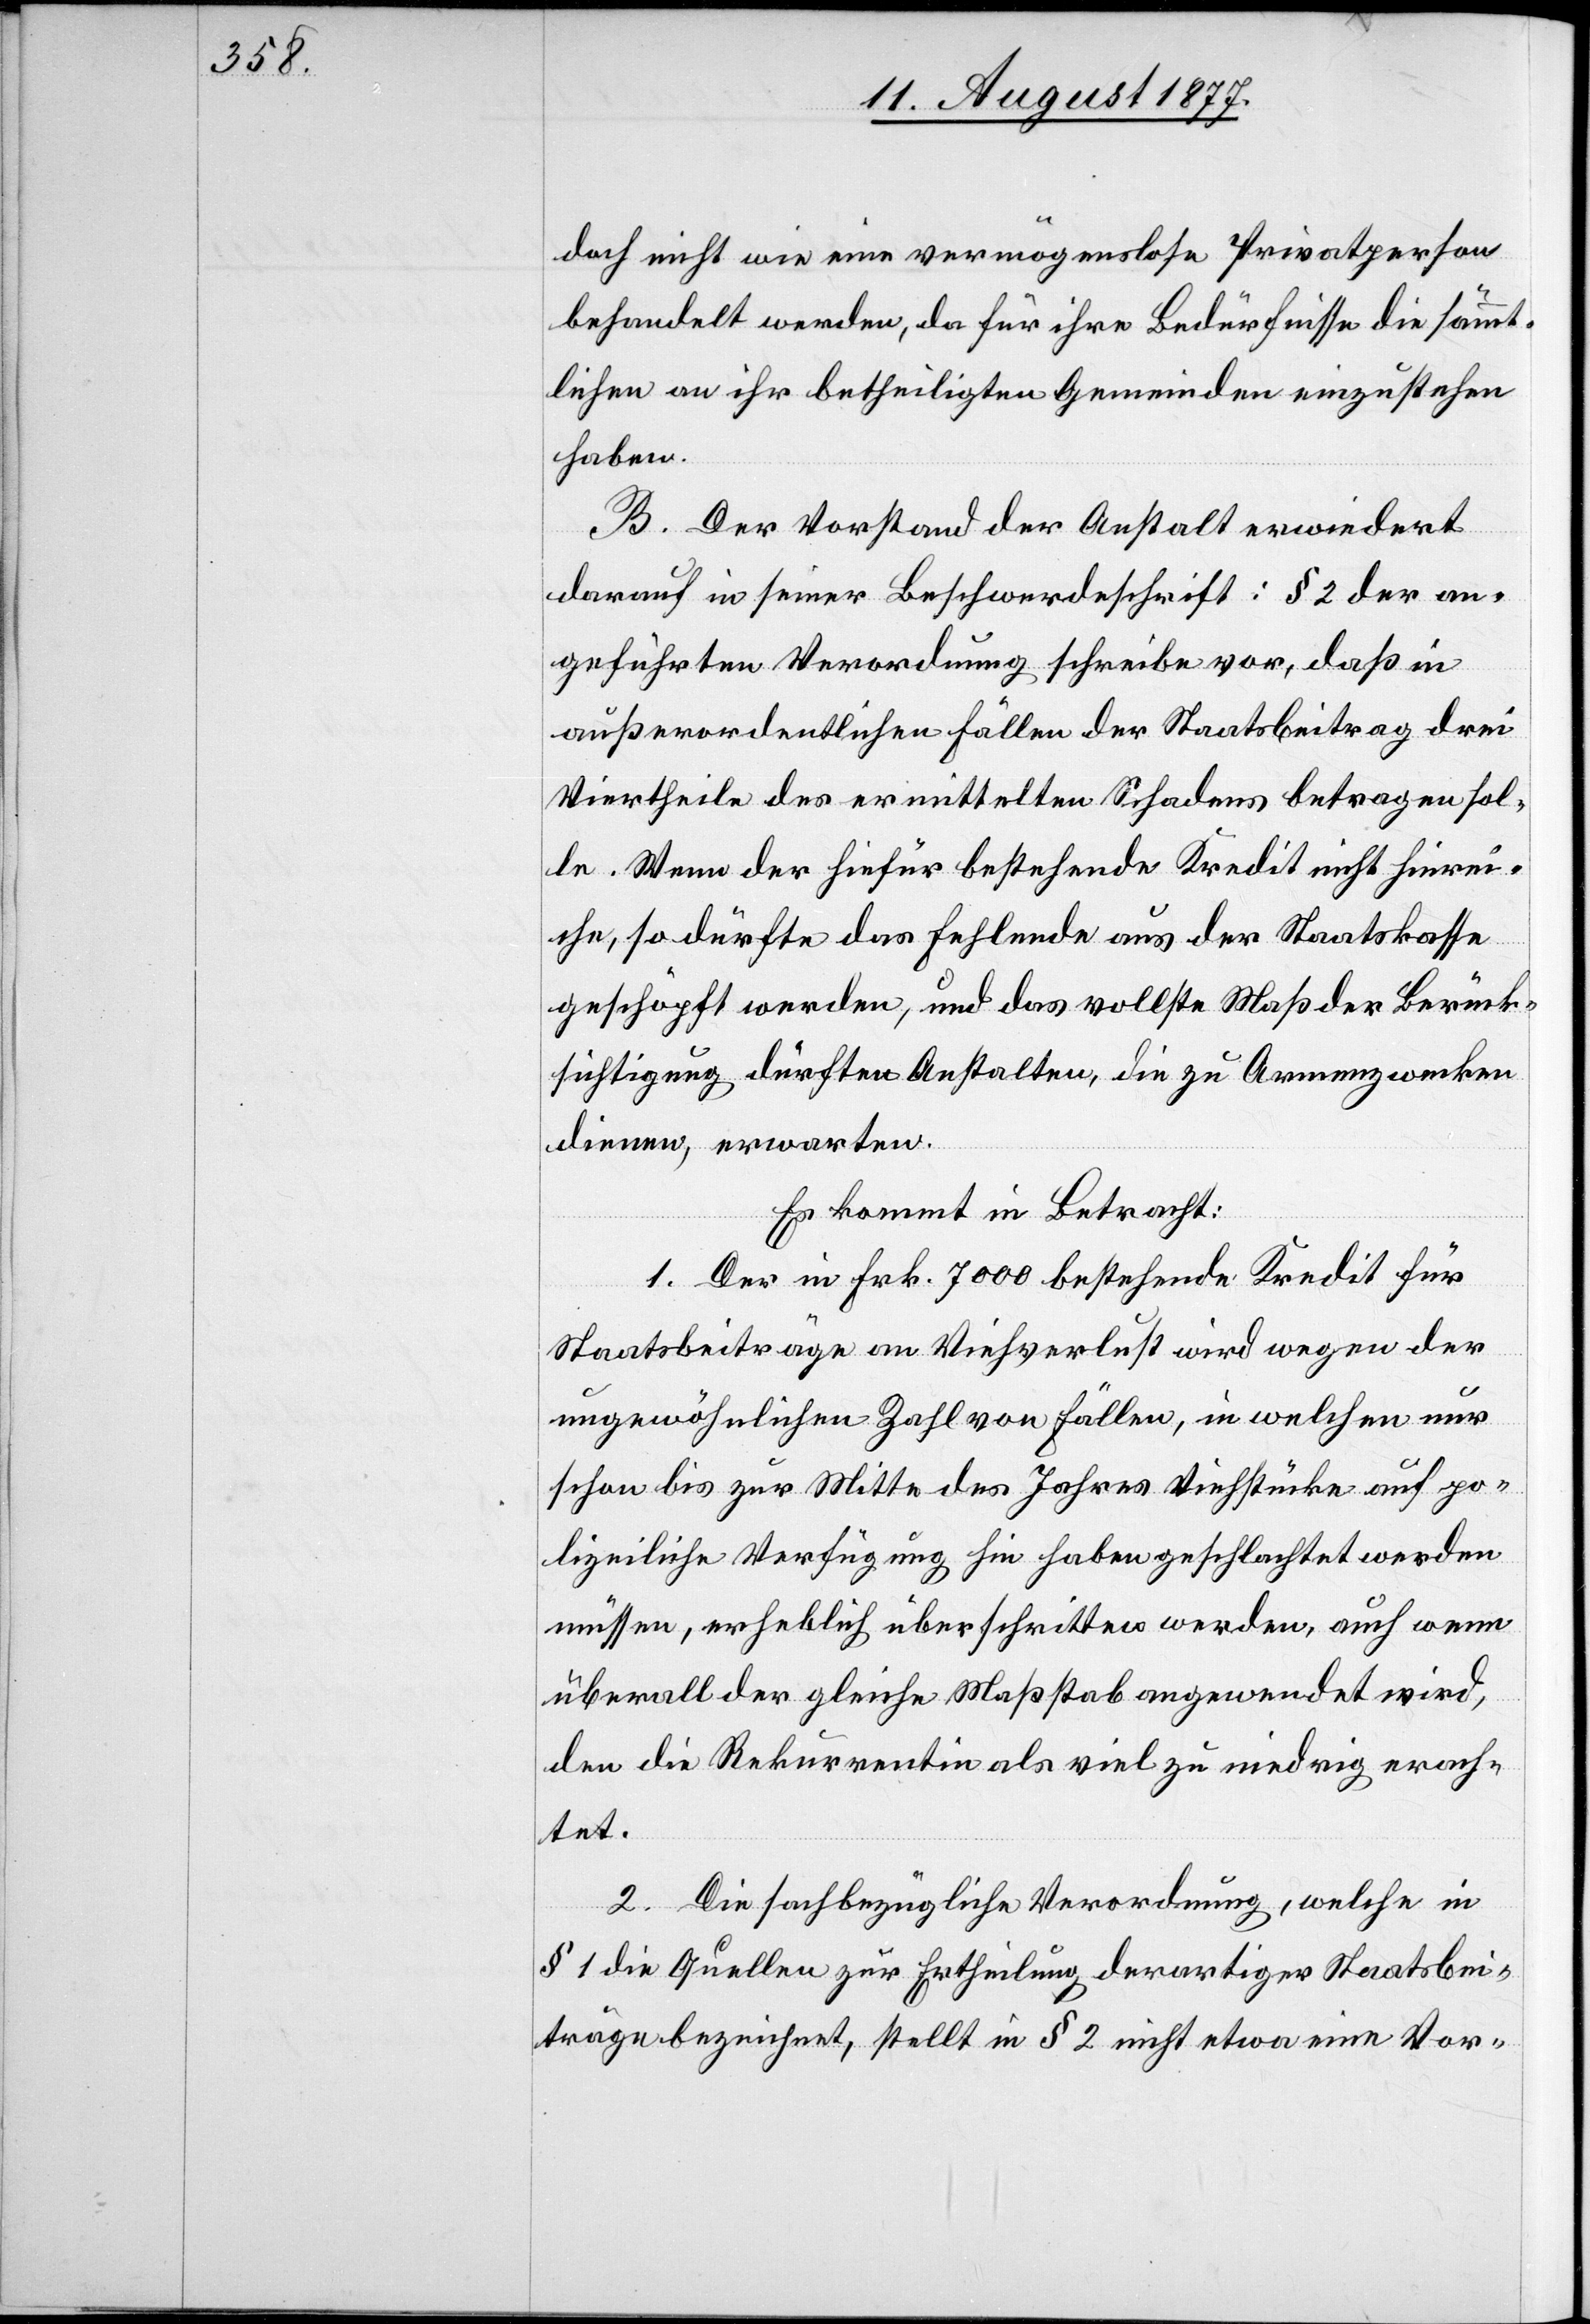
doch nicht wie eine vermögenslose Privatperson
behandelt werden, da für ihre Bedürfnisse die sämmt¬
lichen an ihr betheiligten Gemeinden einzustehen
haben.
B. Der Vorstand der Anstalt erwiedert
darauf in seiner Beschwerdeschrift: § 2 der an¬
geführten Verordnung schreibe vor, daß in
außerordentlichen Fällen der Staatsbeitrag drei
Viertheile des ermittelten Schadens betragen sol¬
le. Wenn der hiefür bestehende Kredit nicht hinrei¬
che, so dürfte das Fehlende aus der Staatskasse
geschöpft werden, und das vollste Maß der Berück¬
sichtigung dürften Anstalten, die zu Armenzwecken
dienen, erwarten.
Es kommt in Betracht:
1. Der in Frk. 7000 bestehende Kredit für
Staatsbeiträge an Viehverlust wird wegen der
ungewöhnlichen Zahl von Fällen, in welchen nur
schon bis zur Mitte des Jahres Viehstücke auf po¬
lizeiliche Verfügung hin haben geschlachtet werden
müssen, erheblich überschritten werden, auch wenn
überall der gleiche Maßstab angewendet wird,
den die Rekurrentin als viel zu niedrig erach¬
tet.
2. Die sachbezügliche Verordnung, welche in
§ 1 die Quellen zur Ertheilung derartiger Staatsbei¬
träge bezeichnet, stellt in § 2 nicht etwa eine Vor-